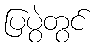
ပြပွဲတွင်